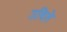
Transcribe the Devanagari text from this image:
उदिते